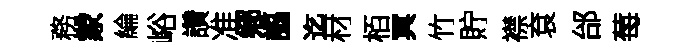
務䝉綸峪讚准鄕謳迄材栢冥竹貯襟袞邰莓